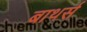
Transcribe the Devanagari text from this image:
बाथर्स